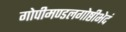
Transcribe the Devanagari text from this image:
गोपीमण्डलगोष्ठीभेदं